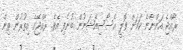
ރާއްޖެ އަންނާނެ ކަމަށް ވޮލީ އެސޯސިއޭޝަނުން ބުނެފި އެވެ. ރާއްޖޭގެ އިތުރުން ތިން